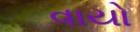
વાયો